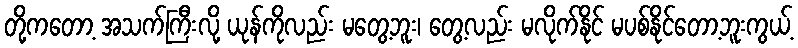
တို့ကတော့ အသက်ကြီးလို့ ယုန်ကိုလည်း မတွေ့ဘူး၊ တွေ့လည်း မလိုက်နိုင် မပစ်နိုင်တော့ဘူးကွယ့်